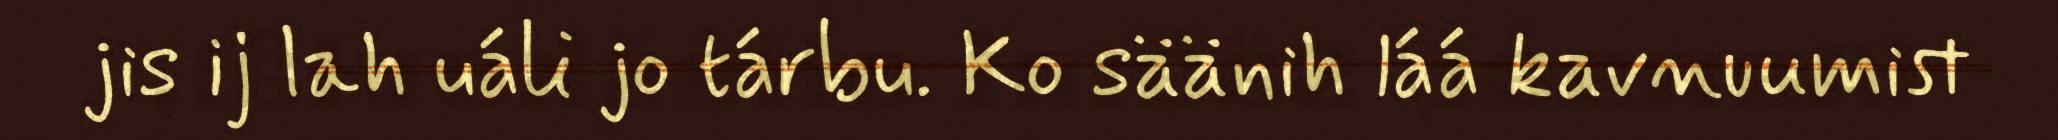
jis ij lah uáli jo tárbu. Ko säänih láá kavnuumist